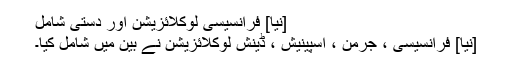
[نیا] فرانسیسی لوکلائزیشن اور دستی شامل
[نیا] فرانسیسی ، جرمن ، اسپینیش ، ڈینش لوکلائزیشن نے بین میں شامل کیا۔